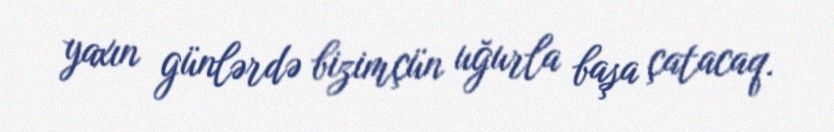
yaxın günlərdə bizimçün uğurla başa çatacaq.